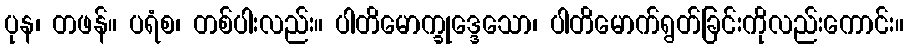
ပုန၊ တဖန်။ ပရံစ၊ တစ်ပါးလည်း။ ပါတိမောက္ခုဒ္ဒေသော၊ ပါတိမောက်ရွတ်ခြင်းကိုလည်းကောင်း။